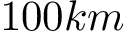
1 0 0 k m